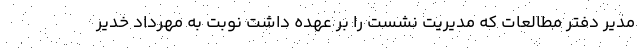
مدیر دفتر مطالعات که مدیریت نشست را بر عهده داشت نوبت به مهرداد خدیر